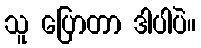
သူ ပြောတာ ဒါပါပဲ။